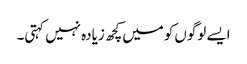
ایسے لوگوں‌کو میں‌کچھ زیادہ نہیں کہتی۔